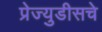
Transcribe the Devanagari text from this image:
प्रेज्युडीसचे